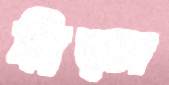
গ্লিত্স